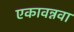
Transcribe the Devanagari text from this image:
एकावन्नवा